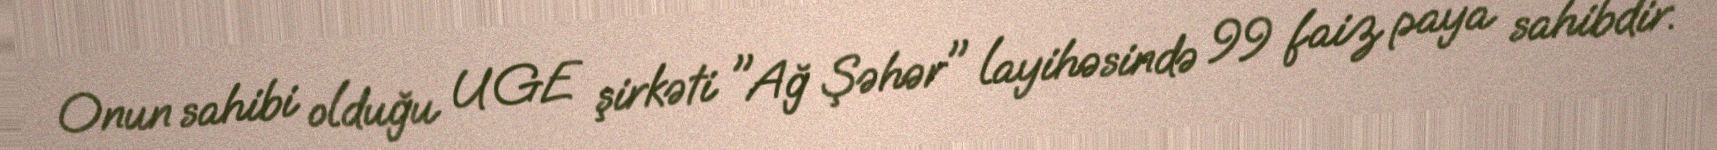
Onun sahibi olduğu UGE şirkəti "Ağ Şəhər" layihəsində 99 faiz paya sahibdir.